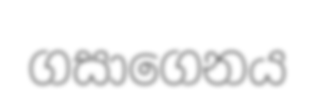
ගසාගෙනය